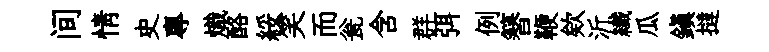
间情史專熾酪綏笑而瓮含群弭例簮鞭欸沂纎瓜鎮撻